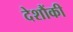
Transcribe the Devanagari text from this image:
देशौंकी